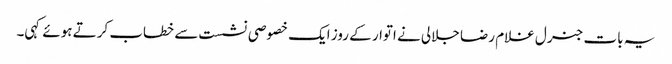
یہ بات جنرل غلام رضا جلالی نے اتوار کے روز ایک خصوصی نشست سے خطاب کرتے ہوئے کہی۔